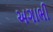
અગાભી